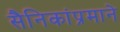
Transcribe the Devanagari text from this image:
सैनिकांप्रमाने